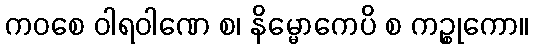
ကဝစေ ဝါရဝါဏေ စ၊ နိမ္မောကေပိ စ ကဉ္စုကော။